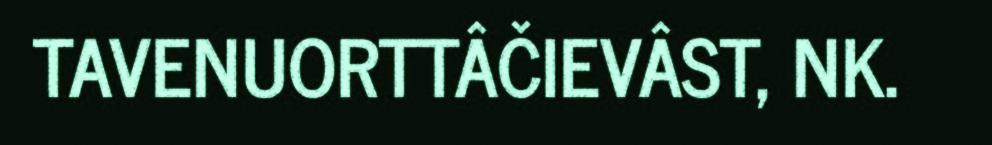
TAVENUORTTÂČIEVÂST, NK.